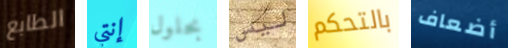
الطابع إنتي بحلول ليس بالتحكم أضعاف